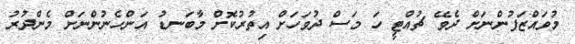
މުވައްޒަފުންނަށް ދެވޭ ޗުއްޓީ ހަ މަސް ދުވަހަށް އިތުރުކޮށް މާބަނޑު އަންހެނުންނަށް މެންދުރު